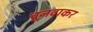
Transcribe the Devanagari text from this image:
चुनवाकर